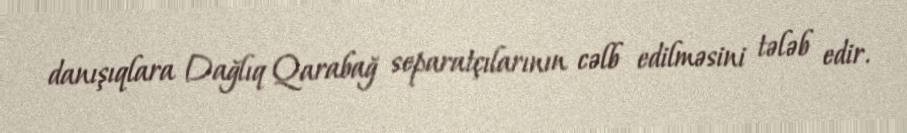
danışıqlara Dağlıq Qarabağ separatçılarının cəlb edilməsini tələb edir.